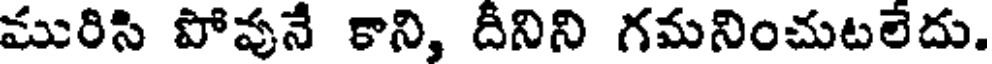
మురిసి పోవునే కాని, దీనిని గమనించుటలేదు.